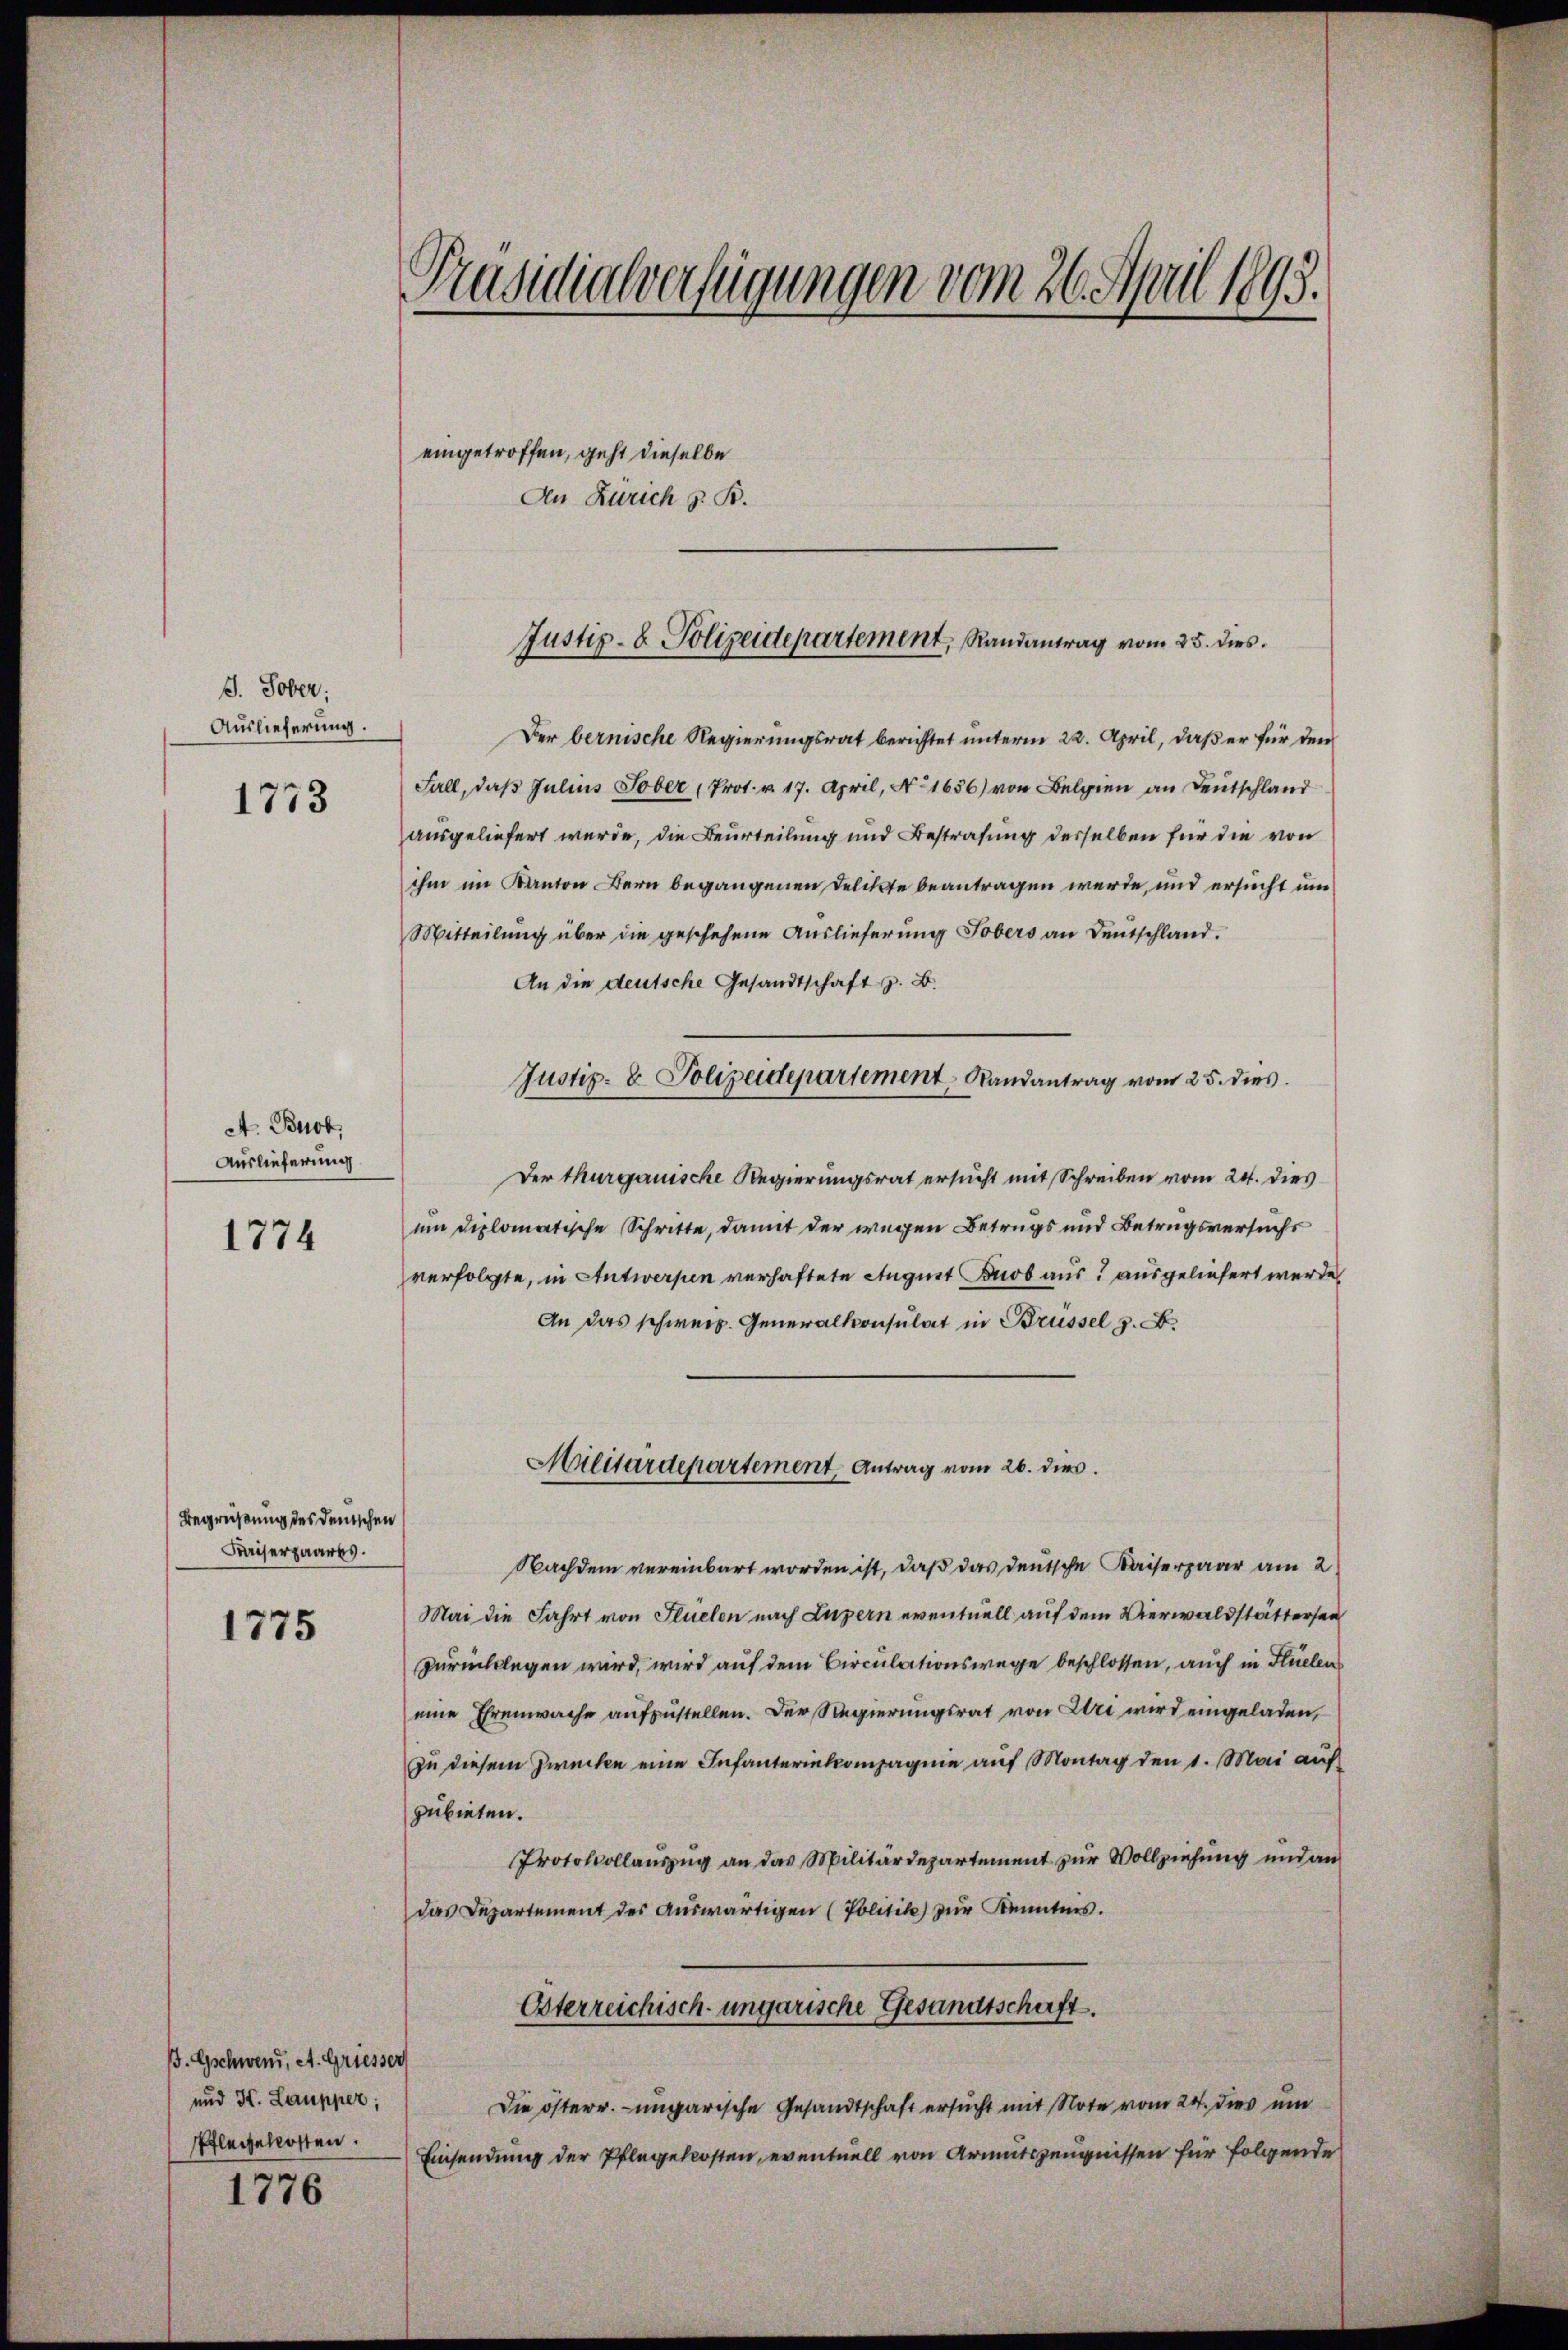
J. Tober:
Auslieferung

1773

A. Brot,
Auslieferung

1774

Begrüßung des Deutschen
Miserpaares.

1775

B. Gschweid, A. Griesser
und H. Laupper;
Pflegekosten.

1776

Präsidialverfügungen vom 26. April 1893.

eingetroffen, geht dieselbe
An Zürich z. B.

Der bernische Regierungsrat berichtet unterm 22. April, daß er für den
Fall, daß Julius Tober (Prot. v. 17. April, No 1656) von Belgien an Deutschland
ausgeliefert wurde, die Beurteilung und Bestrafung derselben für die von
ihm im Kanton Bern begangenen Delikte beantragen werde, und ersucht und
Mitteilung über die geschehene Auslieferung Tobers an Deutschland.
An die deutsche Gesandtschaft z. B.
Der Thurgauische Regierungsrat ersucht mit Schreiben vom 24. dies
um diplomatische Schritte, damit der wegen Betrugs und Betrugsversuchs
verfolgte, in Antwerpen verhaftete August Buob aus? ausgeliefert werde
An das schwer. Generalkonsulat in Brüssel z. B.
Militärdepartement, Antrag vom 26. dies
Nachdem vereinbart worden ist, daß das deutsche Kaiserpaar am 2
Mai die Fahrt von Flüelen nach Luzern eventuell auf dem Verwaldstättersen
zurücklegen wird, wird auf dem Circulationswege beschlossen, auch in Flüelen
eine Ehrenwache aufzustellen. Der Regierungsrat von Uri wird eingeladen,
zu diesem Zwecken eine Infanteriekompagnie auf Montag den 1. Mai auf
zubieten.
Protokollauszug an das Militärdepartement zur Vollziehung und an
das Departement des Aŭswärtigen (Politik) zŭr Kenntnis.
Osterreichisch-ungarische Gesandtschaft.
Die österr.-ungarische Gesandtschaft ersucht mit Note vom 24. dies um
Einsendung der Pflegekosten, eventuell von Armutszeugnissen für folgende

Justiz- & Polizeidepartement, Randantrag vom 25. dies

Justiz- & Polizeidepartement Randantrag vom 25. dies